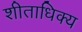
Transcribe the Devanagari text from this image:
शीताधिक्य